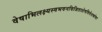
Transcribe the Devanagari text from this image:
वेषाभिलक्ष्यस्वभवनविजिताशेषवित्तेशकोषा